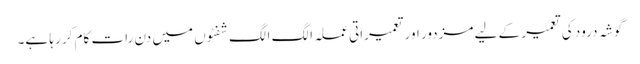
گوشہ درود کی تعمیر کے لیے مزدور اور تعمیراتی عملہ الگ الگ شفٹوں میں دن رات کام کر رہا ہے۔